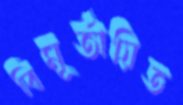
বিমূর্তায়িত